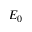
E _ { 0 }